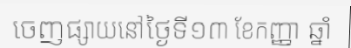
ចេញផ្សាយនៅថ្ងៃទី១៣ ខែកញ្ញា ឆ្នាំ